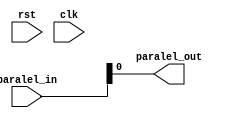
`timescale 1ns / 1ps
//////////////////////////////////////////////////////////////////////////////////
// Company: 
// Engineer: 
// 
// Design Name: 
// Module Name: PIPO
// Project Name: 
// Target Devices: 
// Tool Versions: 
// Description: 
// 
// Dependencies: 
// 
// Revision:
// Revision 0.01 - File Created
// Additional Comments:
// 
//////////////////////////////////////////////////////////////////////////////////


module PIPO(
    input wire [3:0]paralel_in,
    input wire rst,
    input wire clk,
    output wire paralel_out
    );
    reg [3:0] shift;
    always @(posedge clk or posedge rst)begin
        if(rst)begin
            shift<=4'b0000;
        end else begin
            shift <= paralel_in;
        end
    end
    assign paralel_out = paralel_in;
endmodule